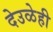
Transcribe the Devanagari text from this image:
देउळेही